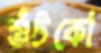
শুঁটকো